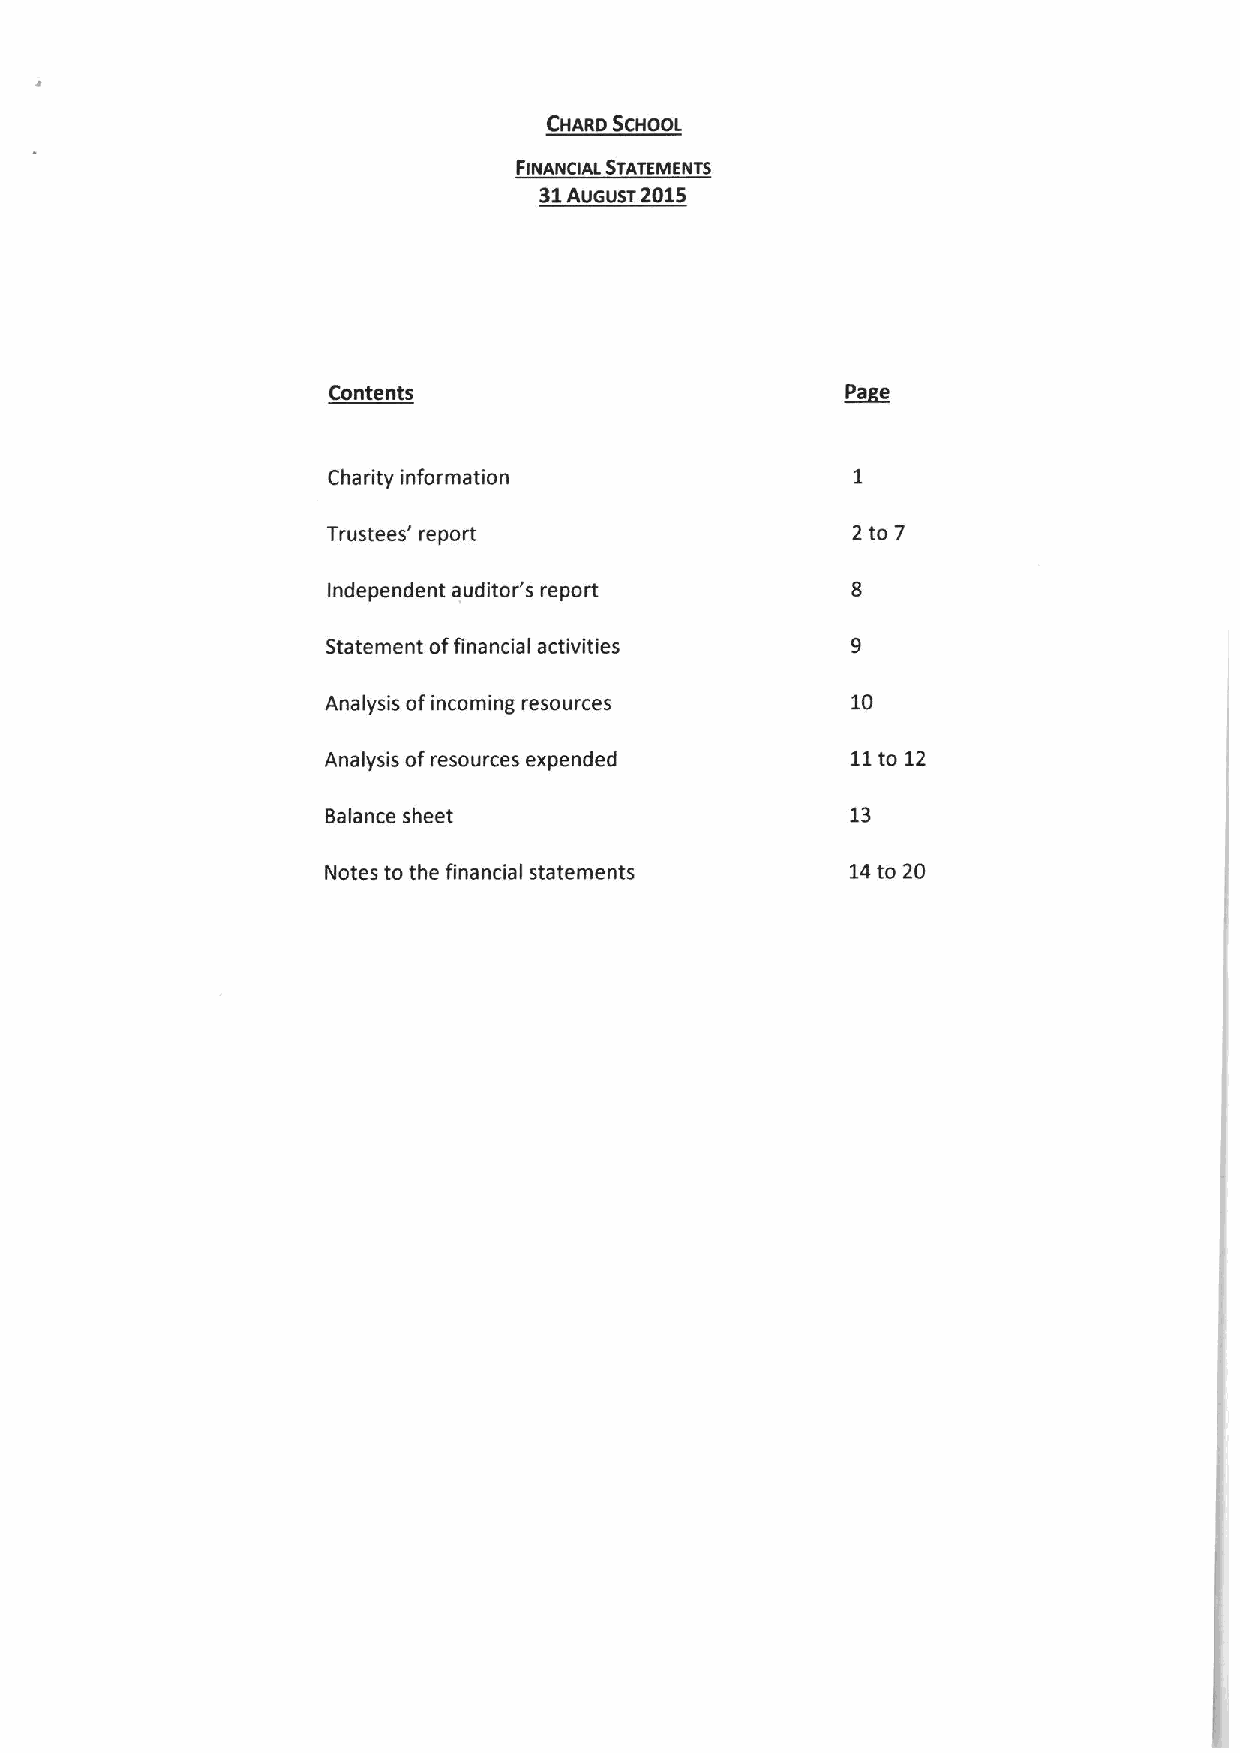
CHARD SCHOOI.
 FINANclAL STATEMENTS
 31Aueust 2015
 Contents                          ~pa e
 Charity information
 Trustees' report                  2 to 7
 Independent auditor's report
 Statement offinancial activities
 Analysis ofincoming resources     10
 Analysis ofresources expended     11to 12
 Balance sheet                     13
 Notes to the financial statements 14to 20